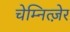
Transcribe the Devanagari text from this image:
चेम्नित्ज़ेर